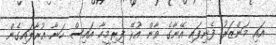
އައި މަންޒަރު ފެނިފައި އޭނާގެ ވާން އުޅޭ ފިރިމީހާ އައިސް ހަނާ އުރާލައިގެން